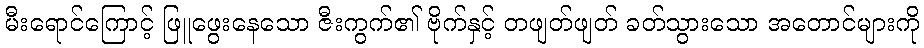
မီးရောင်ကြောင့် ဖြူဖွေးနေသော ဇီးကွက်၏ ဗိုက်နှင့် တဖျတ်ဖျတ် ခတ်သွားသော အတောင်များကို